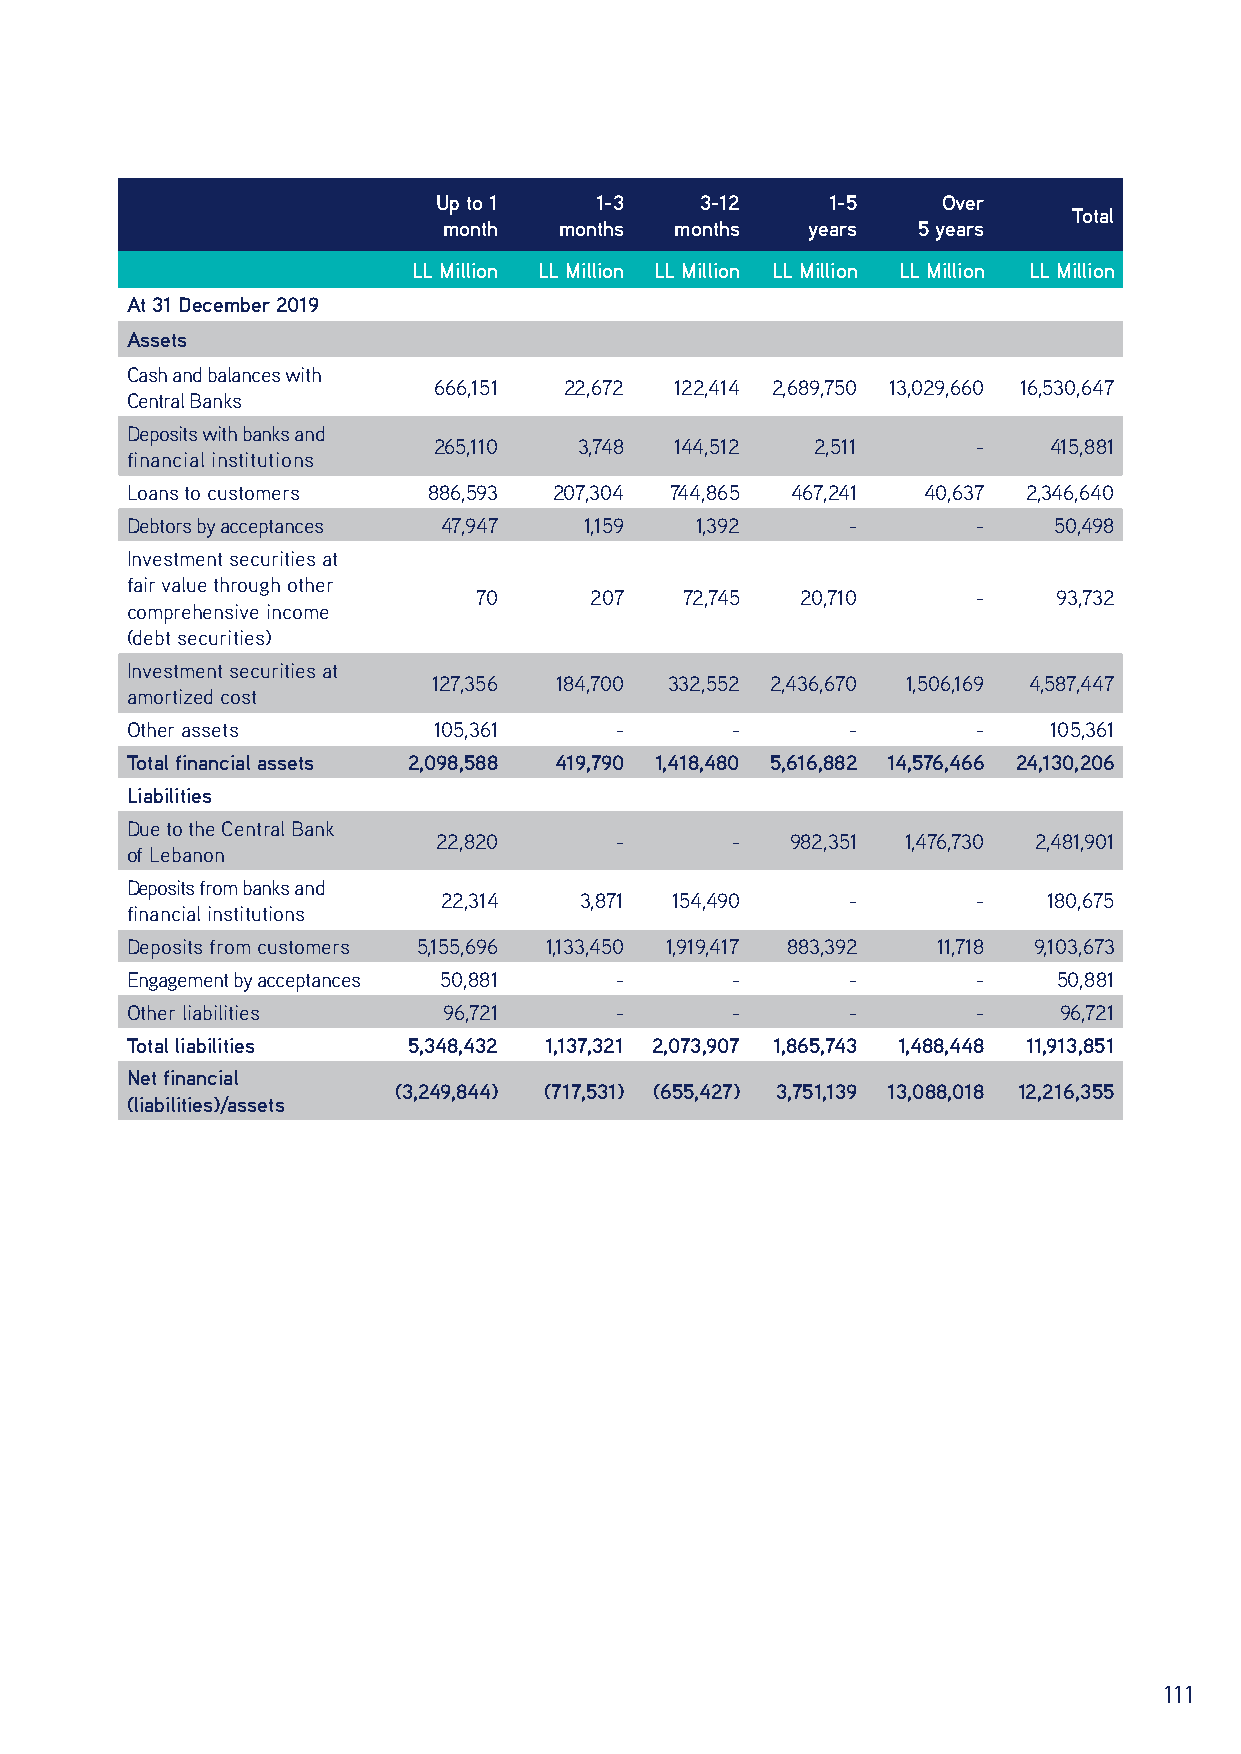
Up to 1   1-3    3-12     1-5    Over
 Total
 month   months  months  years   5 years
 LL Million LL Million LL Million LL Million LL Million LL Million
 At 31 December 2019
 Assets
 Cash and balances with
 666,151 22,672  122,414 2,689,750 13,029,660 16,530,647
 Central Banks
 Deposits with banks and
 265,110  3,748  144,512  2,511      -   415,881
 financial institutions
 Loans to customers  886,593  207,304 744,865 467,241 40,637 2,346,640
 Debtors by acceptances 47,947  1,159  1,392     -        -    50,498
 Investment securities at
 fair value through other
 70      207   72,745  20,710      -    93,732
 comprehensive income
 (debt securities)
 Investment securities at
 127,356 184,700 332,552 2,436,670 1,506,169 4,587,447
 amortized cost
 Other assets         105,361     -      -       -        -   105,361
 Total financial assets 2,098,588 419,790 1,418,480 5,616,882 14,576,466 24,130,206
 Liabilities
 Due to the Central Bank
 22,820      -      -   982,351 1,476,730 2,481,901
 of Lebanon
 Deposits from banks and
 22,314   3,871 154,490     -        -   180,675
 financial institutions
 Deposits from customers 5,155,696 1,133,450 1,919,417 883,392 11,718 9,103,673
 Engagement by acceptances 50,881 -      -       -        -    50,881
 Other liabilities    96,721      -      -       -        -    96,721
 Total liabilities  5,348,432 1,137,321 2,073,907 1,865,743 1,488,448 11,913,851
 Net financial
 (3,249,844) (717,531) (655,427) 3,751,139 13,088,018 12,216,355
 (liabilities)/assets
 111